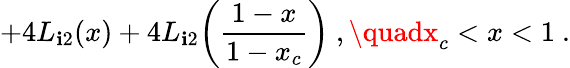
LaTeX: +4L_{\mathbf{i}2}(x)+4L_{\mathbf{i}2}\biggl(\frac{{1-x}}{{1-x_{c}}}\biggr)\ ,\quadx_{c}<x<1\ .